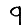
Digit: 9